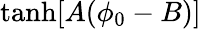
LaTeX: \operatorname{tanh}[A(\phi_{0}-B)]